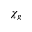
\chi _ { g }